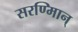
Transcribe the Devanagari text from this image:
सरण्मािन्‌